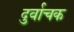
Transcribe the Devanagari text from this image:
दुर्वाचक